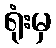
ရုံးမှ